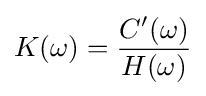
K(\omega )={\frac {C'(\omega )}{H(\omega )}}